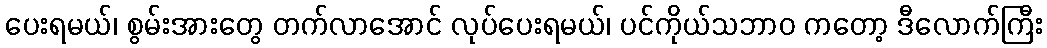
ပေးရမယ်၊ စွမ်းအားတွေ တက်လာအောင် လုပ်ပေးရမယ်၊ ပင်ကိုယ်သဘာဝ ကတော့ ဒီလောက်ကြီး